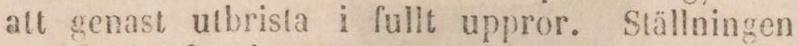
att genast utbrista i fullt uppror. Ställningen